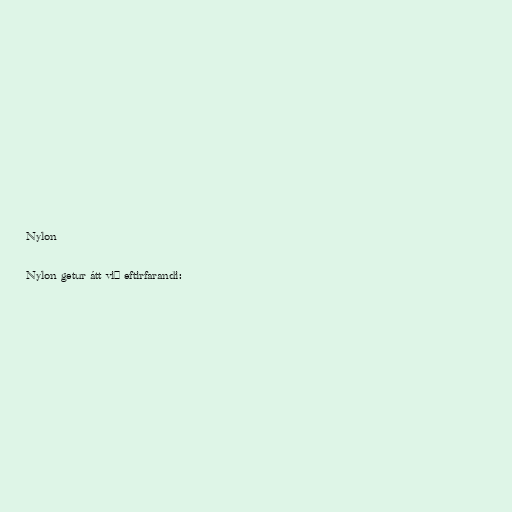
Nylon

Nylon getur átt við eftirfarandi: